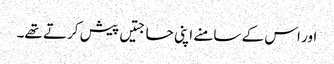
اور اس کے سامنے اپنی حاجتیں پیش کرتے تھے۔